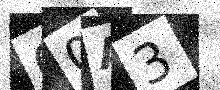
Text: O0A3